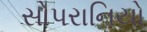
સોપરાનિયો